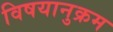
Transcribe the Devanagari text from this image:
विषयानुक्रम